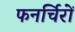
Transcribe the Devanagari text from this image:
फनर्चिरों